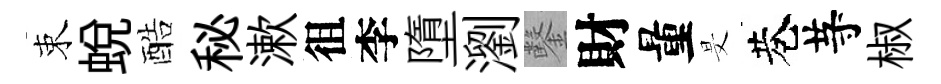
束蜕酷秘漱徂李墮瀏鑿財量旻巷䒭椒